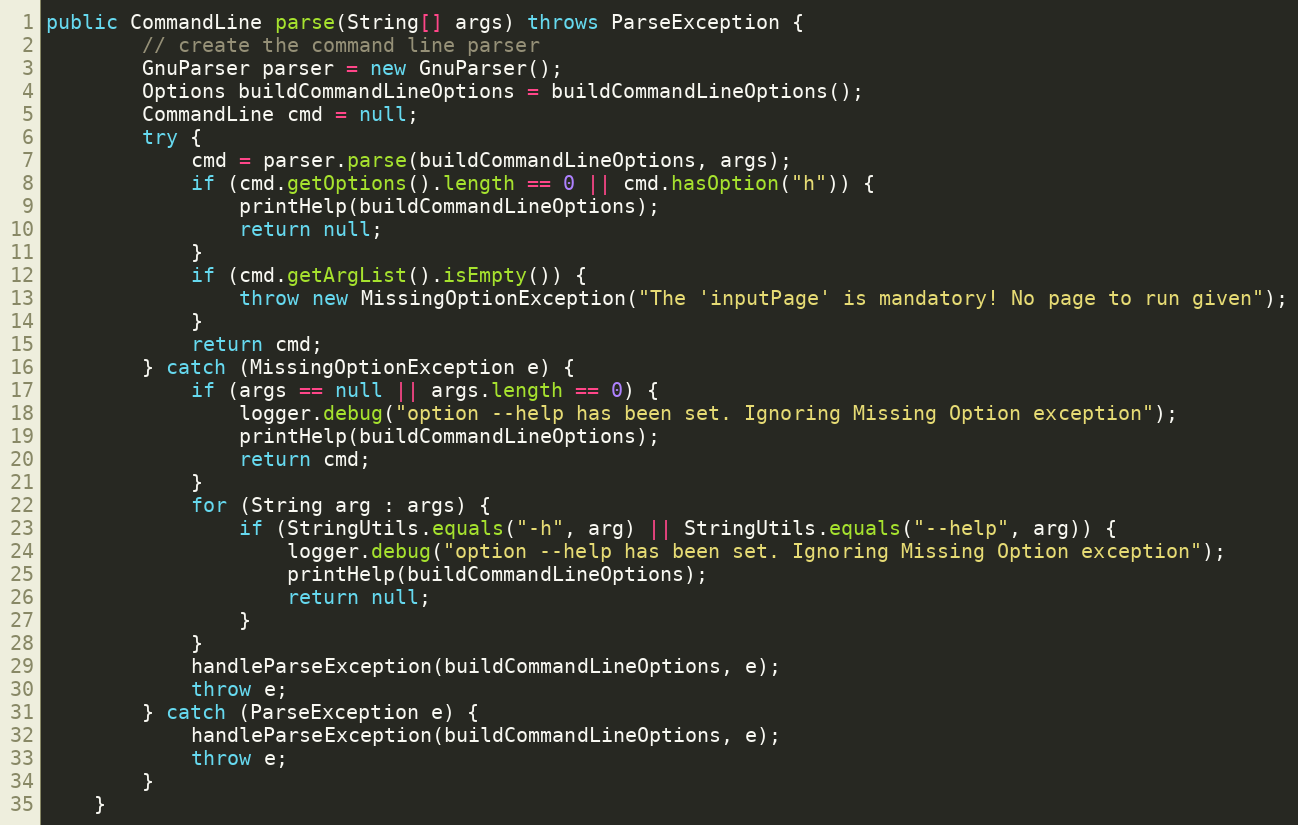
Language: Java
public CommandLine parse(String[] args) throws ParseException {
        // create the command line parser
        GnuParser parser = new GnuParser();
        Options buildCommandLineOptions = buildCommandLineOptions();
        CommandLine cmd = null;
        try {
            cmd = parser.parse(buildCommandLineOptions, args);
            if (cmd.getOptions().length == 0 || cmd.hasOption("h")) {
                printHelp(buildCommandLineOptions);
                return null;
            }
            if (cmd.getArgList().isEmpty()) {
                throw new MissingOptionException("The 'inputPage' is mandatory! No page to run given");
            }
            return cmd;
        } catch (MissingOptionException e) {
            if (args == null || args.length == 0) {
                logger.debug("option --help has been set. Ignoring Missing Option exception");
                printHelp(buildCommandLineOptions);
                return cmd;
            }
            for (String arg : args) {
                if (StringUtils.equals("-h", arg) || StringUtils.equals("--help", arg)) {
                    logger.debug("option --help has been set. Ignoring Missing Option exception");
                    printHelp(buildCommandLineOptions);
                    return null;
                }
            }
            handleParseException(buildCommandLineOptions, e);
            throw e;
        } catch (ParseException e) {
            handleParseException(buildCommandLineOptions, e);
            throw e;
        }
    }